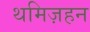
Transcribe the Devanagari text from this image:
थमिज़हन